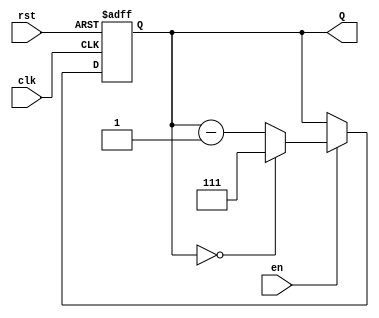
module binary_down_counter (
    input wire clk,        // Clock signal
    input wire rst,        // Asynchronous reset
    input wire en,         // Enable signal
    output reg [2:0] Q     // 3-bit output for the current count
);

    // Maximum count value for a 3-bit counter
    localparam MAX_COUNT = 3'b111; // 7 in decimal

    // Asynchronous reset and counting operation
    always @(posedge clk or posedge rst) begin
        if (rst) begin
            Q <= MAX_COUNT; // Reset to maximum count value
        end else if (en) begin
            if (Q == 3'b000) begin
                Q <= MAX_COUNT; // Wrap around to maximum count
            end else begin
                Q <= Q - 1; // Decrement the count
            end
        end
    end

endmodule